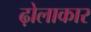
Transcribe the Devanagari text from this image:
ढ़ोलाकार